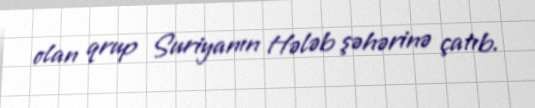
olan qrup Suriyanın Hələb şəhərinə çatıb.